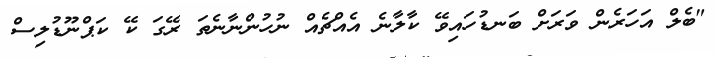
"ބެލް އަހަރެން ވަރަށް ބަނޑުހައިވޭ ކާލާނެ އެއްޗެއް ނުހުންނާނެތަ ރޭގަ ކޭ ކަޕްނޫޑުލިސް